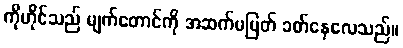
ကိုဟိုင်သည် မျက်တောင်ကို အဆက်မပြတ် ခတ်နေလေသည်။